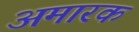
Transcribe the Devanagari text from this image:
अमारक